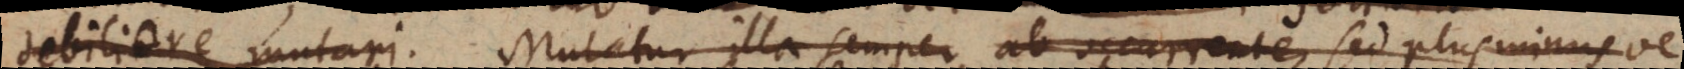
debiliore mutari. Mutatur illa semper ab occurrente, sed plus minusve.